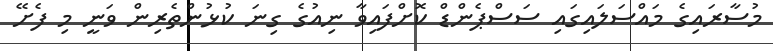
މުސާރައިގެ މައްސަލައިގައި ސަސްޕެންޑް ކޮށްފައިވާ ނިއުގެ ގިނަ ކުޅުންތެރިން ވަނީ މި ފެށޭ